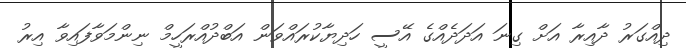
ދިއްގަރު ދާއިރާ އަށް ގިނަ އަދަދެއްގެ އޭސީ ހަދިޔާކުރައްވަން އަބްދުއްރަހީމް ނިންމަވާފައިވާ އިރު